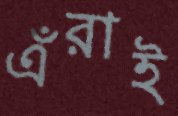
এঁরাই